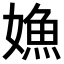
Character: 𡠵